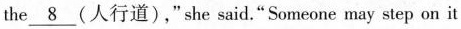
the \underline{8} (人行道) ,"she said."Someone may step on it